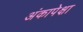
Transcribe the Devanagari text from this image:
अंकापेक्षा